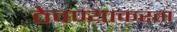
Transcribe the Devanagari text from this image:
ठेवण्याकरता